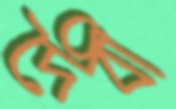
দৈবী